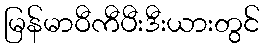
မြန်မာဝီကီပီးဒီးယားတွင်